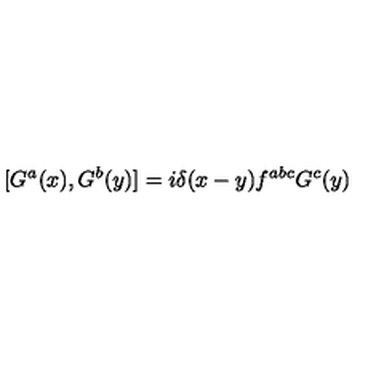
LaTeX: [ G ^ { a } ( x ) , G ^ { b } ( y ) ] = i \delta ( x - y ) f ^ { a b c } G ^ { c } ( y )